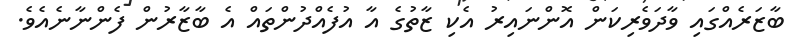
ބާޒަރެއްގައި ވާދަވެރިކަން އޮންނައިރު އެކި ޒާތުގެ އާ އުފެއްދުންތައް އެ ބާޒާރުން ފެންނާނެއެވެ.